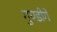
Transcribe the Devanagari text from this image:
गुण्डीगे